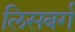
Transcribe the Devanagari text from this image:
लिसबर्ग